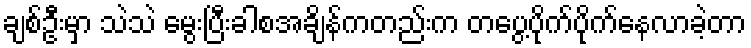
ချစ်ဦးမှာ သဲသဲ မွေးပြီးခါစအချိန်ကတည်းက တပွေ့ပိုက်ပိုက်နေလာခဲ့တာ